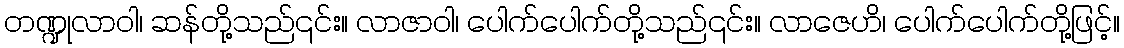
တဏ္ဍုလာဝါ၊ ဆန်တို့သည်၎င်း။ လာဇာဝါ၊ ပေါက်ပေါက်တို့သည်၎င်း။ လာဇေဟိ၊ ပေါက်ပေါက်တို့ဖြင့်။